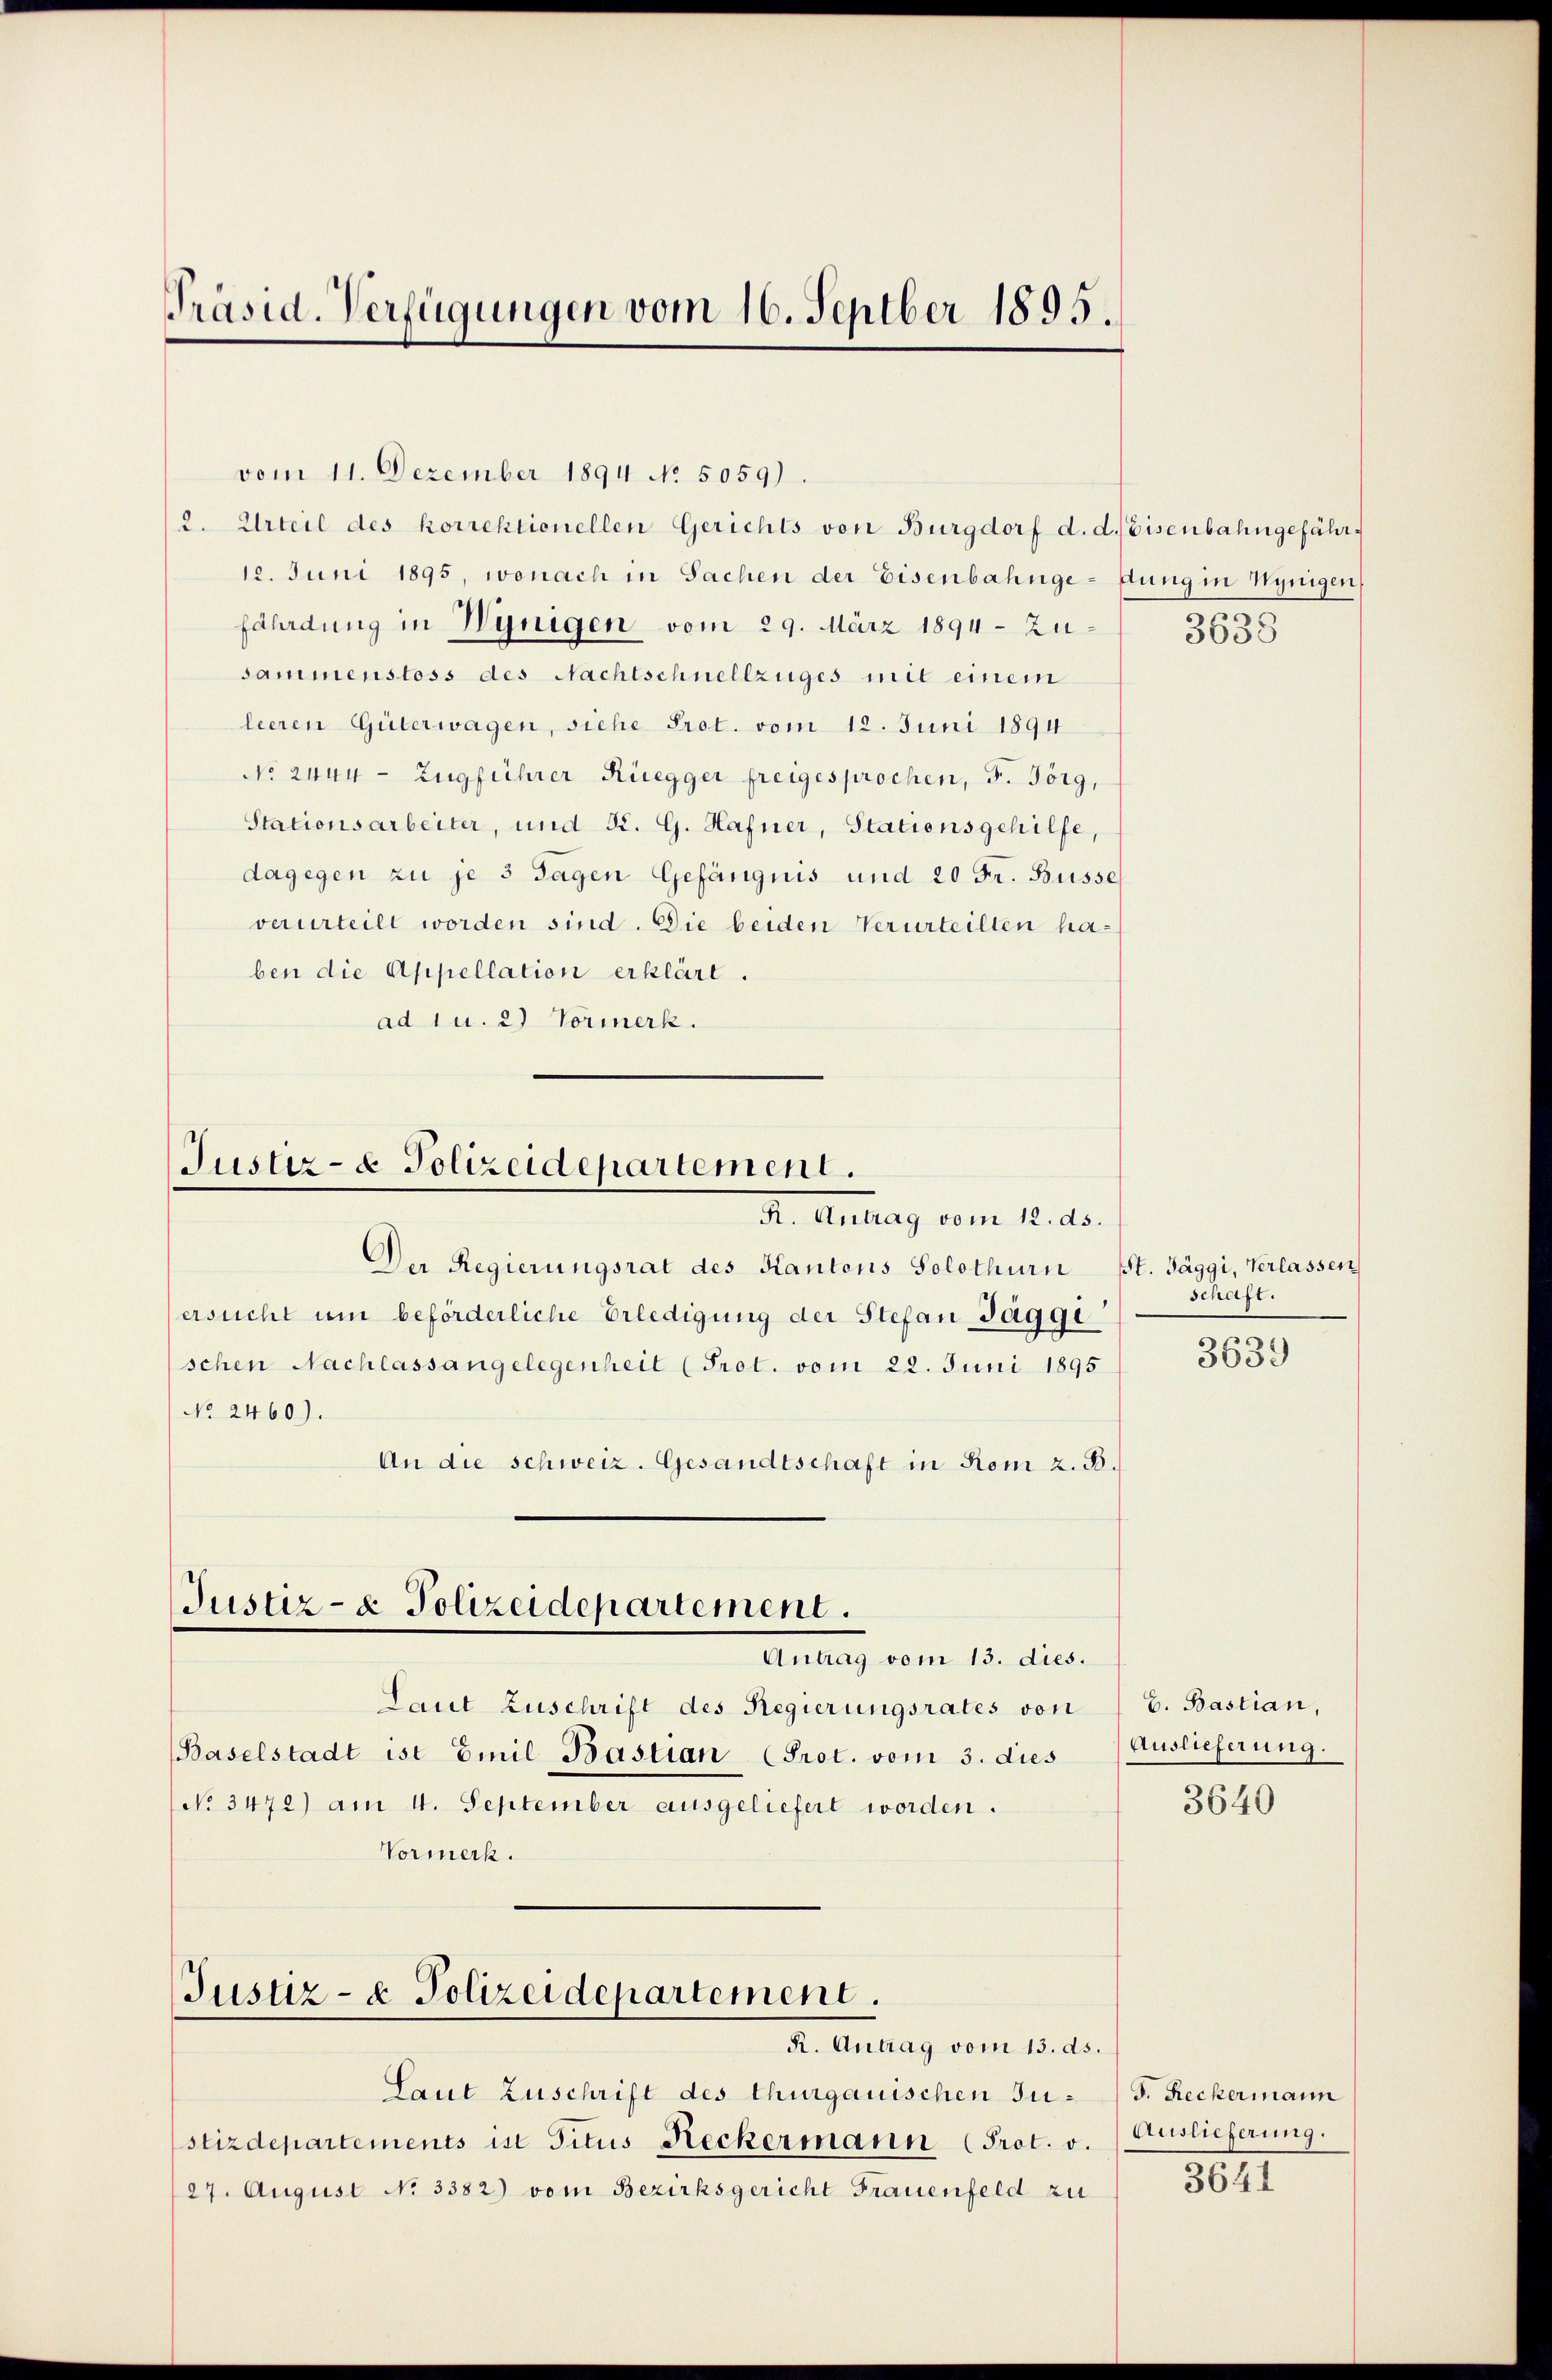
Präsid. Verfügungen vom 16. Septber 1895.

vom 11. Dezember 1894 No. 5059).
12. Juni 1895, wonach in Sachen der Eisenbahnge-Jung in Wenigen
fährdung in Winigen vom 29. März 1894 - Zusammenstoss des Nachtschnellzüges mit einem
leeren Güterwagen, siche Prot. vom 12. Juni 1894
No 244. - Zugführer Rüegger freigesprochen, 5. Jörg,
Stationsarbeiter, und St. G. Hafner, Stationsgehilfe,
dagegen zu je 3 Tagen Gefängnis und 20 Fr. Busse
verurteilt worden sind. Die beiden Verurteilten haben die Appellation erklärt.
ad 1 u. 2) Vormerk.

Justiz- & Polizeidepartement.
I. Antrag vom 12. ds.

Der Regierungsrat des Kantons Solothurn St. Jäggi, Verlassen
ersucht um beförderliche Erledigung der Stefan Jaggi
schen Nachlassangelegenheit (Prot. vom 22. Juni 1895
No 2460).
An die schweiz. Gesandtschaft in Rom z. B.
Justiz- & Polizeidepartement.
Antrag vom 13. dies.
Laut Zuschrift des Regierungsrates von
Baselstadt ist Emil Bastian (Prot. vom 3. dies
No 3472) am 4. September ausgeliefert worden.
Vormerk.

Justiz- & Polizeidepartement.
R. Antrag vom 13. ds.

2. Urteil des korrektionellen Gerichts von Burgdorf d. d. Eisenbahngefähr¬

Laut Zuschrift des Thurgauischen Justizdepartements ist Titus Reckermann Prot. v.
27. August No 3382) vom Bezirksgericht Frauenfeld zu

3638

schaft.

3639

C. Bastian,
Auslieferung.

3640

J. Reckermann
Auslieferung.

304